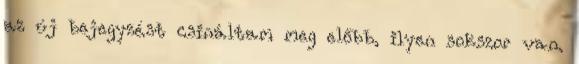
az új bejegyzést csináltam meg előbb, ilyen sokszor van.